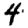
Digit: 4